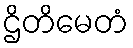
ဌိတိမေတံ